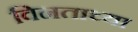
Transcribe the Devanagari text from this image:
विनताच्या